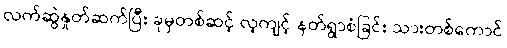
လက်ဆွဲနှုတ်ဆက်ပြီး ခုမှတစ်ဆင့် လ့ကျင့် နတ်ရွာစံခြင်း သားတစ်ကောင်